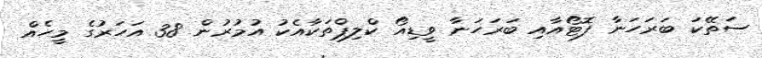
ސަތޭކަ ބަރަހަނާ ފޮޓޯއާއި ބަރަހަނާ ވީޑިއޯ ކްލިޕްތަކާއެކު އުމުރުން 38 އަހަރުގެ މީހެއް